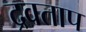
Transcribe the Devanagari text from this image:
द्रवताप